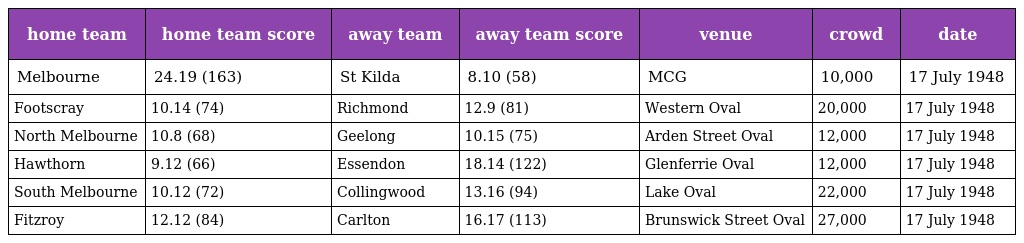
| home team | home team score | away team | away team score | venue | crowd | date |
 | --- | --- | --- | --- | --- | --- | --- |
 | Melbourne | 24.19 (163) | St Kilda | 8.10 (58) | MCG | 10,000 | 17 July 1948 |
 | Footscray | 10.14 (74) | Richmond | 12.9 (81) | Western Oval | 20,000 | 17 July 1948 |
 | North Melbourne | 10.8 (68) | Geelong | 10.15 (75) | Arden Street Oval | 12,000 | 17 July 1948 |
 | Hawthorn | 9.12 (66) | Essendon | 18.14 (122) | Glenferrie Oval | 12,000 | 17 July 1948 |
 | South Melbourne | 10.12 (72) | Collingwood | 13.16 (94) | Lake Oval | 22,000 | 17 July 1948 |
 | Fitzroy | 12.12 (84) | Carlton | 16.17 (113) | Brunswick Street Oval | 27,000 | 17 July 1948 |